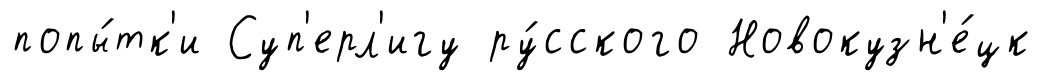
попы́тк'и Суп'ерл'игу ру́сского Новокузн'е́цк